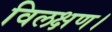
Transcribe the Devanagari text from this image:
विलक्षण।